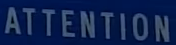
ATTENTION